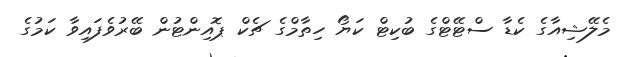
މެލޭޝިއާގެ ކެޑާ ސްޓޭޓްގެ ބުކިޓް ކަޔޯ ހިތާމްގެ ޗެކް ޕޮއިންޓުން ބޭރުވެފައިވާ ކަމުގެ